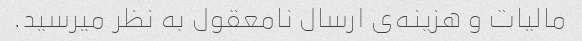
مالیات و هزینه‌ی ارسال نامعقول به نظر میرسید.